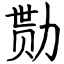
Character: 勚